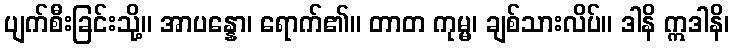
ပျက်စီးခြင်းသို့။ အာပန္နော၊ ရောက်၏။ တာတ ကုမ္မ၊ ချစ်သားလိပ်။ ဒါနိ ဣဒါနိ၊